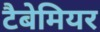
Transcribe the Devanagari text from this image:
टैबेमियर